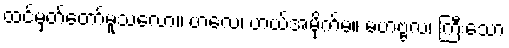
ထင်မှတ်တော်မူသလော။ ဗာလေ၊ ဟယ်အမိုက်မ။ မဟဗ္ဗလံ၊ ကြီးသော